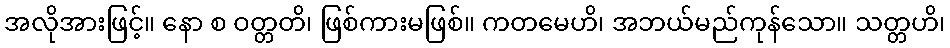
အလိုအားဖြင့်။ နော စ ဝတ္တတိ၊ ဖြစ်ကားမဖြစ်။ ကတမေဟိ၊ အဘယ်မည်ကုန်သော။ သတ္တဟိ၊